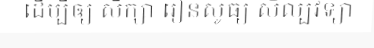
ដើម្បីឲ្យ សិក្សា រៀនសូធ្យ សិល្បវិទ្យា